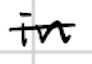
Text: in
Cross-out: single-line
Writing tool: digital_black